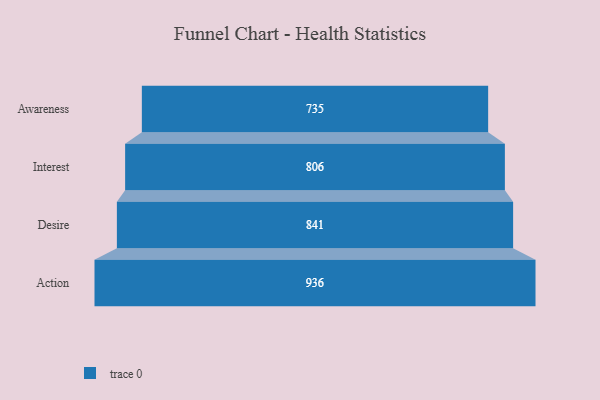
{"axis": {"x": "Stage", "y": "Value"}, "legend": [""], "data": [{"x": "Awareness", "y": 735.0, "type": ""}, {"x": "Interest", "y": 806.0, "type": ""}, {"x": "Desire", "y": 841.0, "type": ""}, {"x": "Action", "y": 936.0, "type": ""}]}